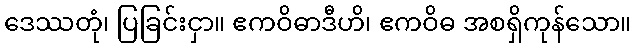
ဒေဿတုံ၊ ပြခြင်းငှာ။ ဧကဝိဓာဒီဟိ၊ ဧကဝိဓ အစရှိကုန်သော။